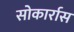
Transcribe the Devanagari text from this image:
सोकार्रास